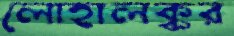
লোহালক্কর